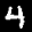
Digit: 4